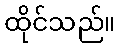
ထိုင်သည်။